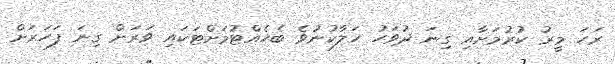
ރަހަ މީރު ކުރުމަށާއި ގިނަ ދުވަހު ހަލާކުނުވެ ބެހެއްޓުމަށްޓަކައި ވަރަށް ގިނަ ފަހަރަށް